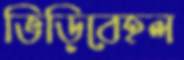
ভিড়িবেহল